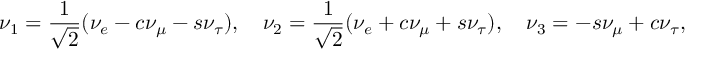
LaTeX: \nu _ { 1 } = { \frac { 1 } { \sqrt 2 } } ( \nu _ { e } - c \nu _ { \mu } - s \nu _ { \tau } ) , ~ ~ ~ \nu _ { 2 } = { \frac { 1 } { \sqrt 2 } } ( \nu _ { e } + c \nu _ { \mu } + s \nu _ { \tau } ) , ~ ~ ~ \nu _ { 3 } = - s \nu _ { \mu } + c \nu _ { \tau } ,